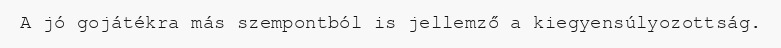
A jó gojátékra más szempontból is jellemző a kiegyensúlyozottság.